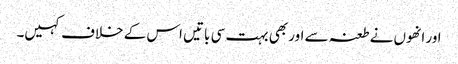
اور انھوں نے طعنہ سے اور بھی بہت سی باتیں اس کے خلاف کہیں۔